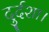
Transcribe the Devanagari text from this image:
दुर्दशा।